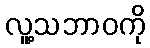
လူ့သဘာဝကို